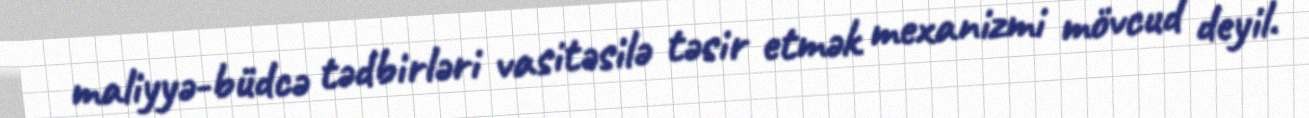
maliyyə-büdcə tədbirləri vasitəsilə təsir etmək mexanizmi mövcud deyil.